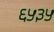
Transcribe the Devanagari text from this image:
६५३५